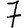
Digit: 7